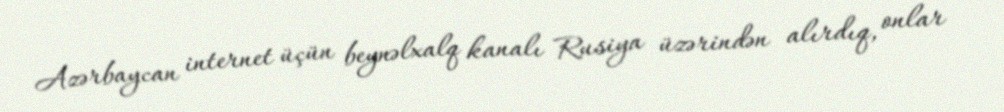
Azərbaycan internet üçün beynəlxalq kanalı Rusiya üzərindən alırdıq, onlar